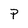
Character: P